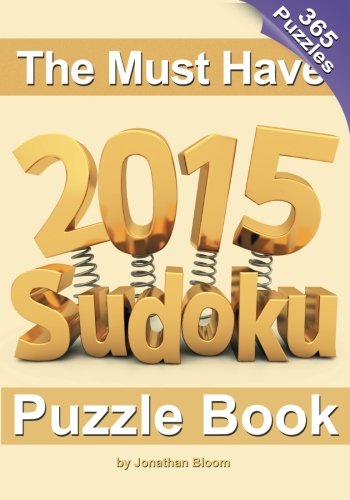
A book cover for The Must Have 2015 Sudoku Puzzle Book: 365 puzzle daily sudoku to challenge you every day of the year. 365 Sudoku Puzzles - 5 difficulty levels (easy to hard); Jonathan Bloom; Humor & Entertainment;